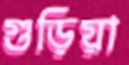
গুড়িয়া